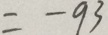
= - 9 3